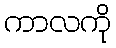
ကာလကို